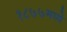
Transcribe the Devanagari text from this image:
१८७७मध्ये